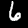
Digit: 6